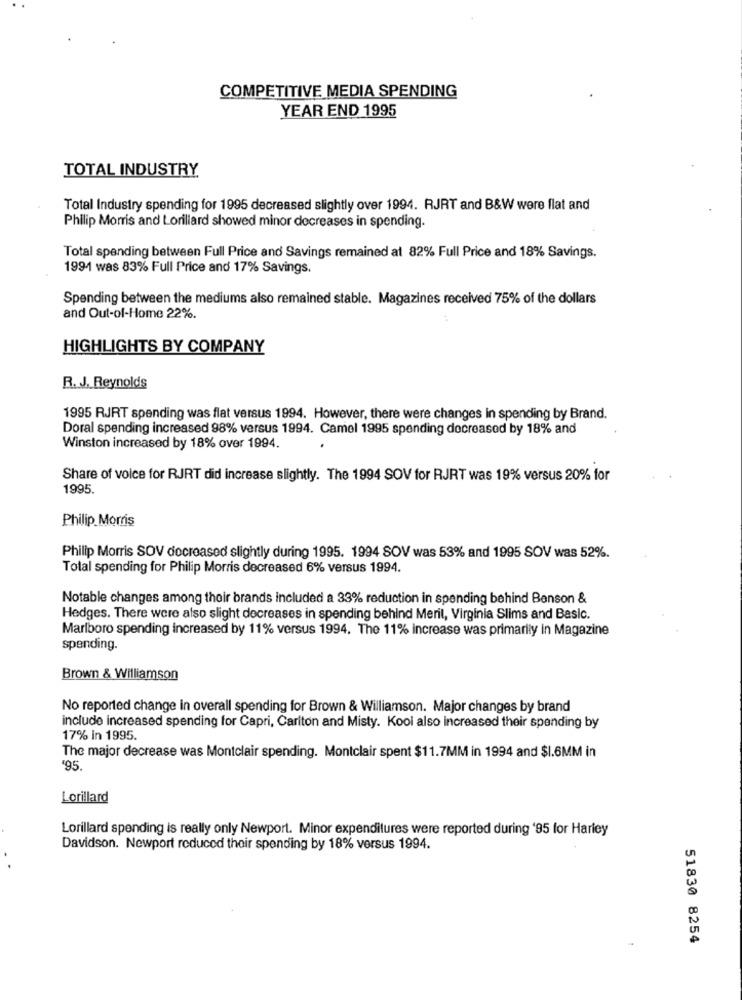
COMPETITIVE MEDIA SPENDING
YEAR END 1995
TOTAL INDUSTRY
Total Industry spending for 1995 decreased slightly over 1994. RJRT and B&W were flat and
Philip Morris and Lorillard showed minor decreases in spending.
Total spending between Full Price and Savings remained at 82% Full Price and 18% Savings.
1991 was 83% Full Price and 17% Savings.
Spending between the mediums also remained stable. Magazines received 75% of the dollars
and Out-of-Home 22%.
HIGHLIGHTS BY COMPANY
R. J. Reynolds
1995 RJRT spending was flat versus 1994. However, there were changes in spending by Brand.
Doral spending increased 98% versus 1994. Camel 1995 spending decreased by 18% and
Winston increased by 18% over 1994.
Share of voice for RJRT did increase slightly. The 1994 SOV for RJRT was 19% versus 20% for
1995.
Philip Morris
Philip Morris SOV decreased slightly during 1995. 1994 SOV was 53% and 1995 SOV was 52%.
Total spending for Philip Morris decreased 6% versus 1994.
Notable changes among their brands included a 33% reduction in spending behind Benson &
Hedges. There were also slight decreases in spending behind Meril, Virginia Slims and Basic.
Marlboro spending increased by 11% versus 1994. The 11% increase was primarily in Magazine
spending.
Brown & Williamson
No reported change in overall spending for Brown & Williamson. Major changes by brand
include increased spending for Capri, Carlton and Misty. Kool also increased their spending by
17% in 1995.
The major decrease was Montclair spending. Montclair spent $11.7MM in 1994 and $1.6MM in
'95.
Lorillard
Lorillard spending is really only Newport. Minor expenditures were reported during '95 for Harley
Davidson. Newport reduced their spending by 18% versus 1994.
..
51830 8254